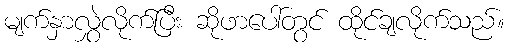
မျက်နှာလွှဲလိုက်ပြီး ဆိုဖာပေါ်တွင် ထိုင်ချလိုက်သည်။